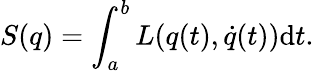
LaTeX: S(q)=\int_{a}^{b}L(q(t),\dot{q}(t))\mathrm{d}t.